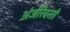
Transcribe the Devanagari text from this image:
अंजीरेदस्ती